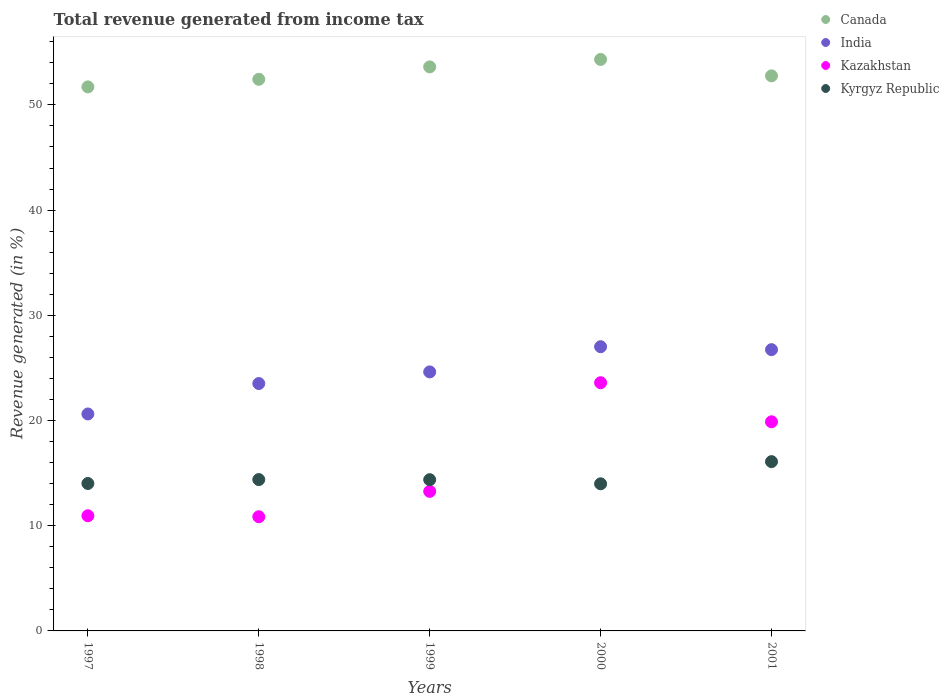
| Years | Canada | India | Kazakhstan | Kyrgyz Republic |
 | --- | --- | --- | --- | --- |
 | 1997 | 51.7 | 20.6 | 10.9 | 14 |
 | 1998 | 52.4 | 23.5 | 10.9 | 14.4 |
 | 1999 | 53.6 | 24.6 | 13.3 | 14.4 |
 | 2000 | 54.3 | 27 | 23.6 | 14 |
 | 2001 | 52.8 | 26.7 | 19.9 | 16.1 |